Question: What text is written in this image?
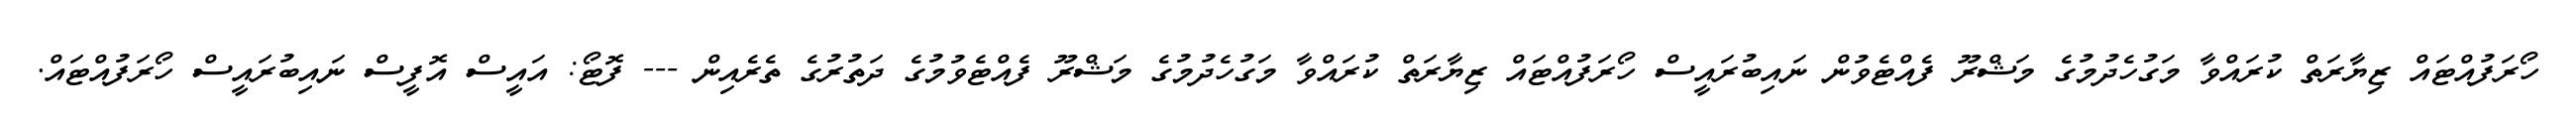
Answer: ހޯރަފުއްޓައް ޒިޔާރަތް ކުރައްވާ މަގުހެދުމުގެ މަޝްރޫ ފެއްޓެވުން ނައިބުރައީސް ހޯރަފުއްޓައް ޒިޔާރަތް ކުރައްވާ މަގުހެދުމުގެ މަޝްރޫ ފެއްޓެވުމުގެ ދަތުރުގެ ތެރެއިން --- ފޮޓޯ: އައީސް އޮފީސް ނައިބުރައީސް ހޯރަފުއްޓައް.